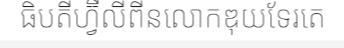
ធិបតីហ្វ៊ីលីពីនលោកឌុយទែរតេ